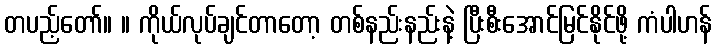
တပည့်တော်။ ။ ကိုယ်လုပ်ချင်တာတော့ တစ်နည်းနည်းနဲ့ ပြီးစီးအောင်မြင်နိုင်ဖို့ ကံပါဟန်